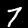
Label: 7